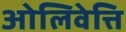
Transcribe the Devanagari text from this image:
ओलिवेत्ति